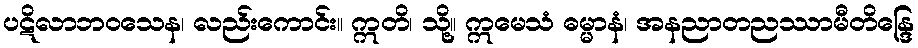
ပဋိလာဘဝသေန၊ လည်းကောင်း။ ဣတိ၊ သို့။ ဣမေသံ ဓမ္မာနံ၊ အနညာတညဿာမီတိန္ဒြေ